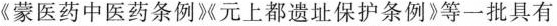
《蒙医药中医药条例》元上都遗址保护条例》等一批具有